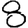
Digit: 8